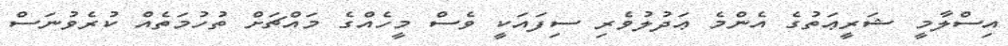
އިސްލާމީ ޝަރީޢަތުގެ އެންމެ ޢަދުލުވެރި ސިފައަކީ ވެސް މީހެއްގެ މައްޗަށް ތުހުމަތެއް ކުރެވުނަސް